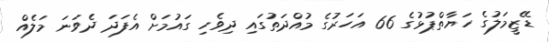
ޑޭޒީމަލުގެ ހަޔާތްޕުޅުގެ 66 އަހަރުގެ މުއްދަތުގައި ދިވެހި ގައުމަށް އެފަދަ ދެވަނަ މަލެއް